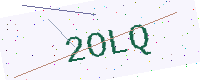
Text: 2OLQ